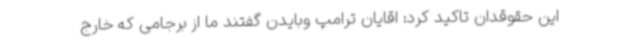
این حقوقدان تاکید کرد: اقایان ترامپ وبایدن گفتند ما از برجامی که خارج